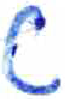
אות: ט